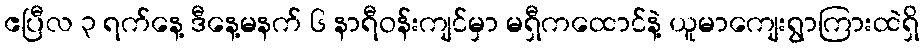
ဧပြီလ ၃ ရက်နေ့ ဒီနေ့မနက် ၆ နာရီဝန်းကျင်မှာ မရှီကထောင်နဲ့ ယူမာကျေးရွာကြားထဲရှိ